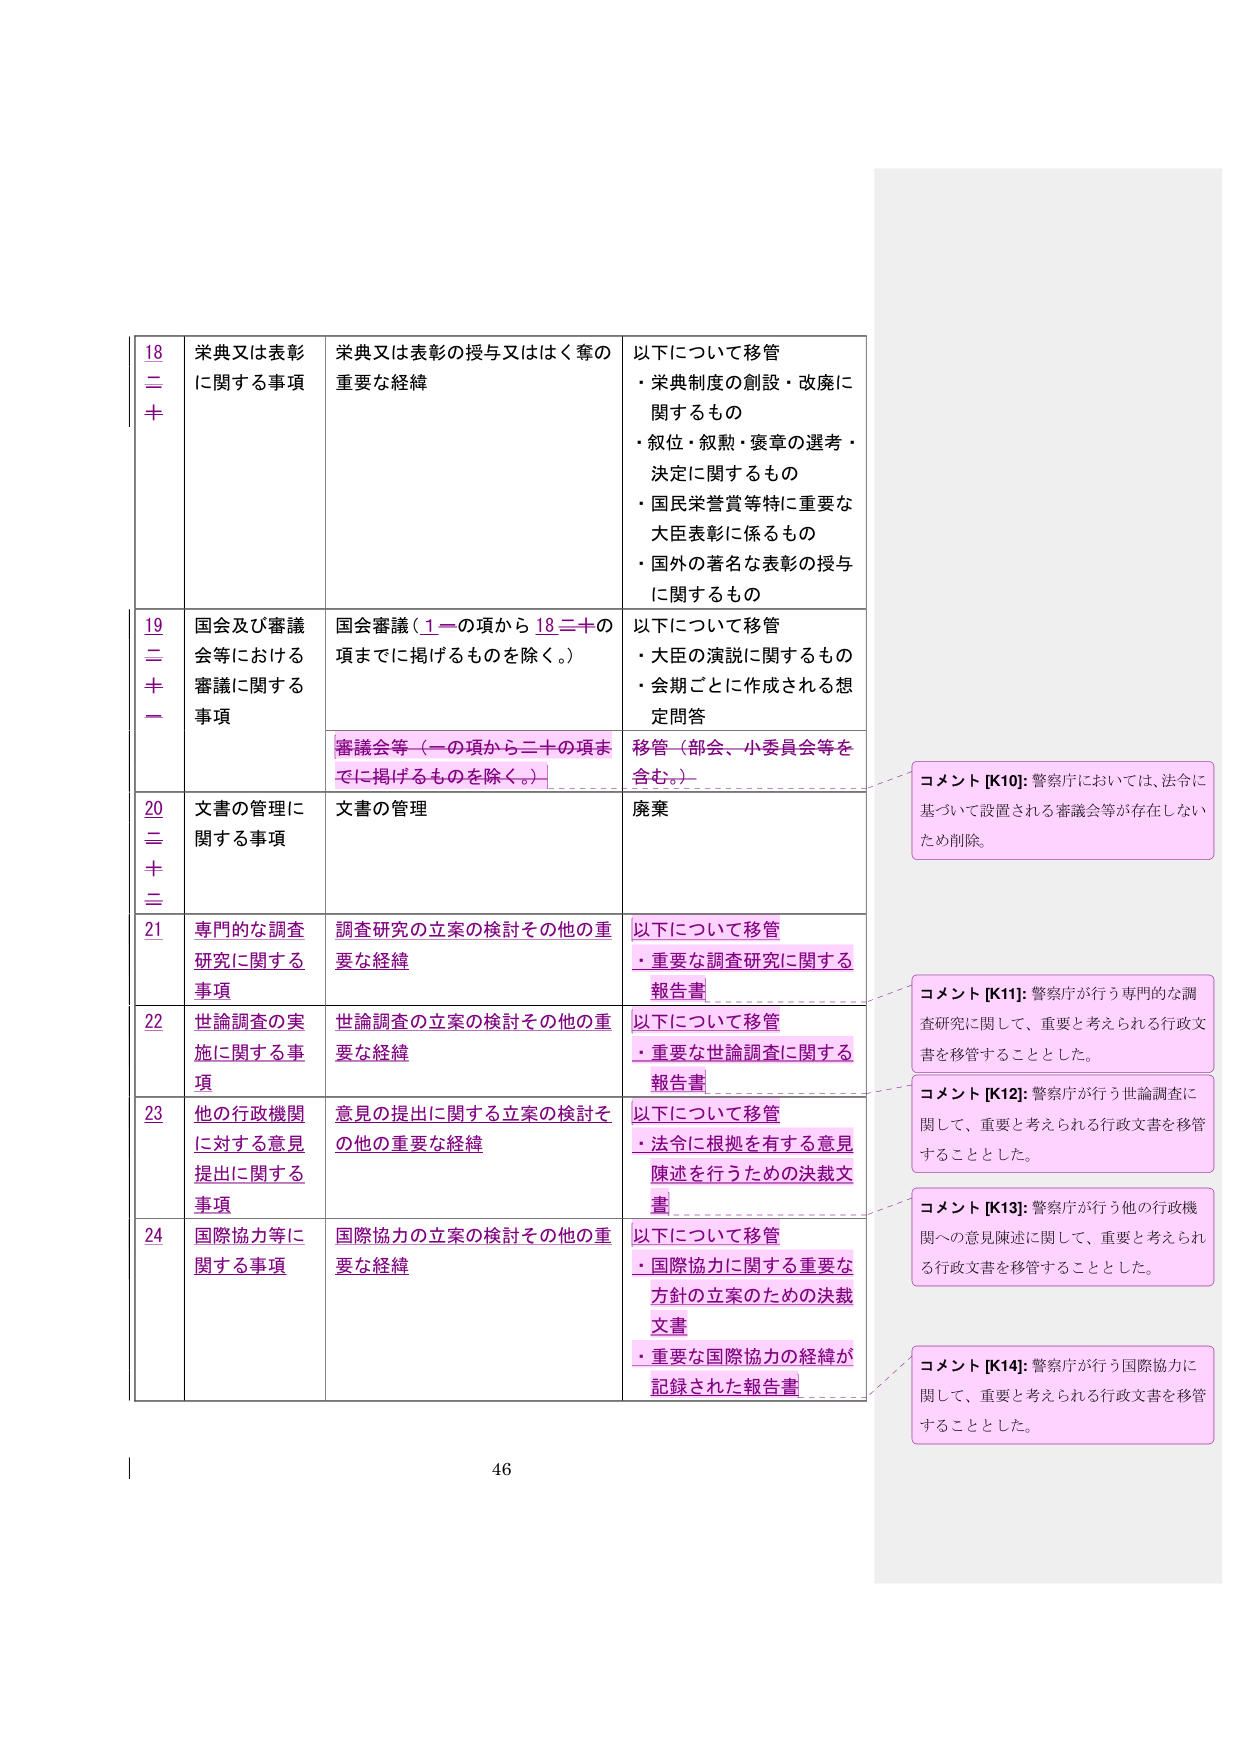
18 二 十
栄典又は表彰に関する事項
栄典又は表彰の授与又ははく奪の重要な経緯
以下について移管
・栄典制度の創設・改廃に関するもの
・叙位・叙勲・褒章の選考・決定に関するもの
・国民栄誉賞等特に重要な大臣表彰に係るもの
・国外の著名な表彰の授与に関するもの

19 二 十 一
国会及び審議会等における審議に関する事項
国会審議（1一の項から18二十の項までに掲げるものを除く。）
以下について移管
・大臣の演説に関するもの
・会期ごとに作成される想定問答
審議会等（一の項から二十の項までに掲げるものを除く。）
移管（部会、小委員会等を含む。）

20 二 十 二
文書の管理に関する事項
文書の管理
廃棄

21
専門的な調査研究に関する事項
調査研究の立案の検討その他の重要な経緯
以下について移管
・重要な調査研究に関する報告書

22
世論調査の実施に関する事項
世論調査の立案の検討その他の重要な経緯
以下について移管
・重要な世論調査に関する報告書

23
他の行政機関に対する意見提出に関する事項
意見の提出に関する立案の検討その他の重要な経緯
以下について移管
・法令に根拠を有する意見陳述を行うための決裁文書

24
国際協力等に関する事項
国際協力の立案の検討その他の重要な経緯
以下について移管
・国際協力に関する重要な方針の立案のための決裁文書
・重要な国際協力の経緯が記録された報告書

コメント [K10]: 警察庁においては、法令に基づいて設置される審議会等が存在しないため削除。
コメント [K11]: 警察庁が行う専門的な調査研究に関して、重要と考えられる行政文書を移管することとした。
コメント [K12]: 警察庁が行う世論調査に関して、重要と考えられる行政文書を移管することとした。
コメント [K13]: 警察庁が行う他の行政機関への意見陳述に関して、重要と考えられる行政文書を移管することとした。
コメント [K14]: 警察庁が行う国際協力に関して、重要と考えられる行政文書を移管することとした。

46